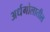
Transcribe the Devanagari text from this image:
अर्धगोलातील